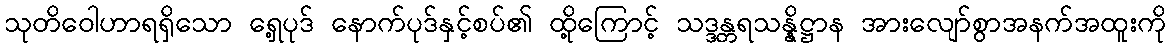
သုတိဝေါဟာရရှိသော ရှေ့ပုဒ် နောက်ပုဒ်နှင့်စပ်၏ ထို့ကြောင့် သဒ္ဒန္တရသန္နိဋ္ဌာန အားလျော်စွာအနက်အထူးကို